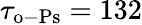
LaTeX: \tau_{\mathrm{o-Ps}}=132